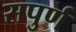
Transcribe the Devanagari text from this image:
सपुर्ण